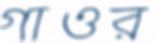
গাওর